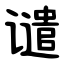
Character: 谴